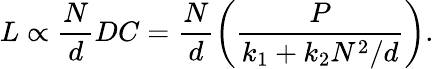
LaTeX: L\propto\frac{N}{d}DC=\frac{N}{d}\left(\frac{P}{k_{1}+k_{2}N^{2}/d}\right).